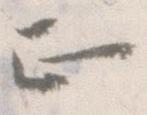
正